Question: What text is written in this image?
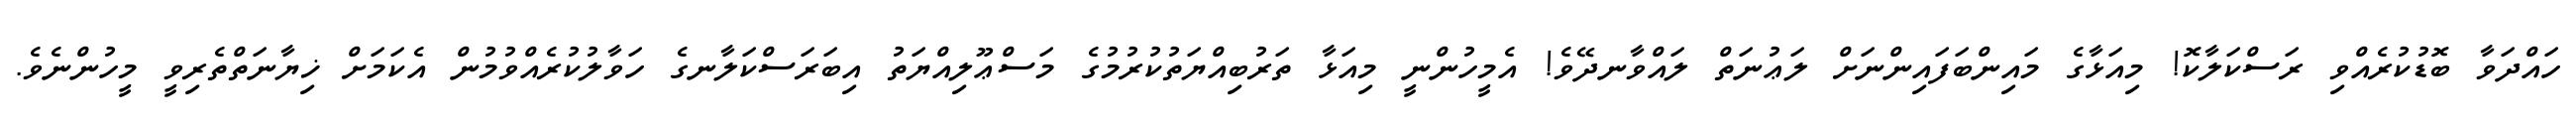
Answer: ހައްދަވާ ބޮޑުކުރެއްވި ރަސްކަލާކޮ! މިއަޅާގެ މައިންބަފައިންނަށް ލަޢުނަތް ލައްވާނދޭވެ! އެމީހުންނީ މިއަޅާ ތަރުބިއްޔަތުކުރުމުގެ މަސްޢޫލިއްޔަތު އިބަރަސްކަލާނގެ ހަވާލުކުރެއްވުމުން އެކަމަށް ޚިޔާނަތްތެރިވީ މީހުންނެވެ.